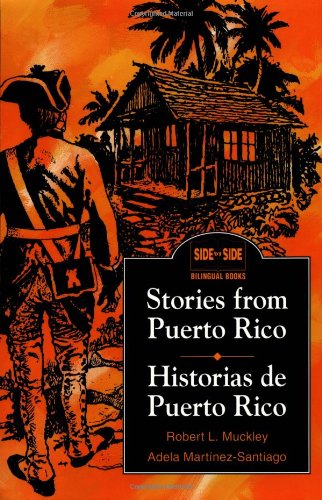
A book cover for Stories from Puerto Rico / Historias de Puerto Rico (English and Spanish Edition); Robert L. Muckley; Travel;